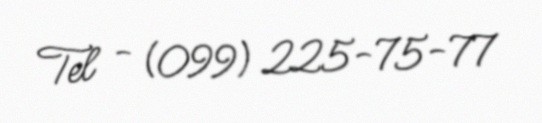
Tel - (099) 225-75-77